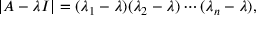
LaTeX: | A - \lambda I | = ( \lambda _ { 1 } - \lambda ) ( \lambda _ { 2 } - \lambda ) \cdots ( \lambda _ { n } - \lambda ) ,